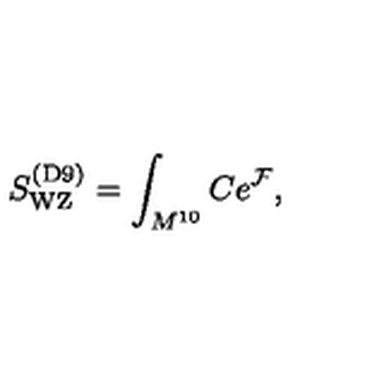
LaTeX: S _ { \mathrm { W Z } } ^ { \mathrm { ( D 9 ) } } = \int _ { M ^ { 1 0 } } C e ^ { { \cal F } } ,